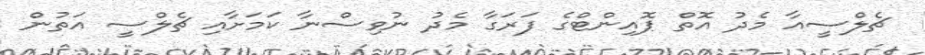
ޗެލްސީއާ މެދު އޮތް ޕޮއިންޓްގެ ފަރަގާ މެދު ނުވިސްނާ ކަަމަށާއި ޗެލްސީ އަތުން